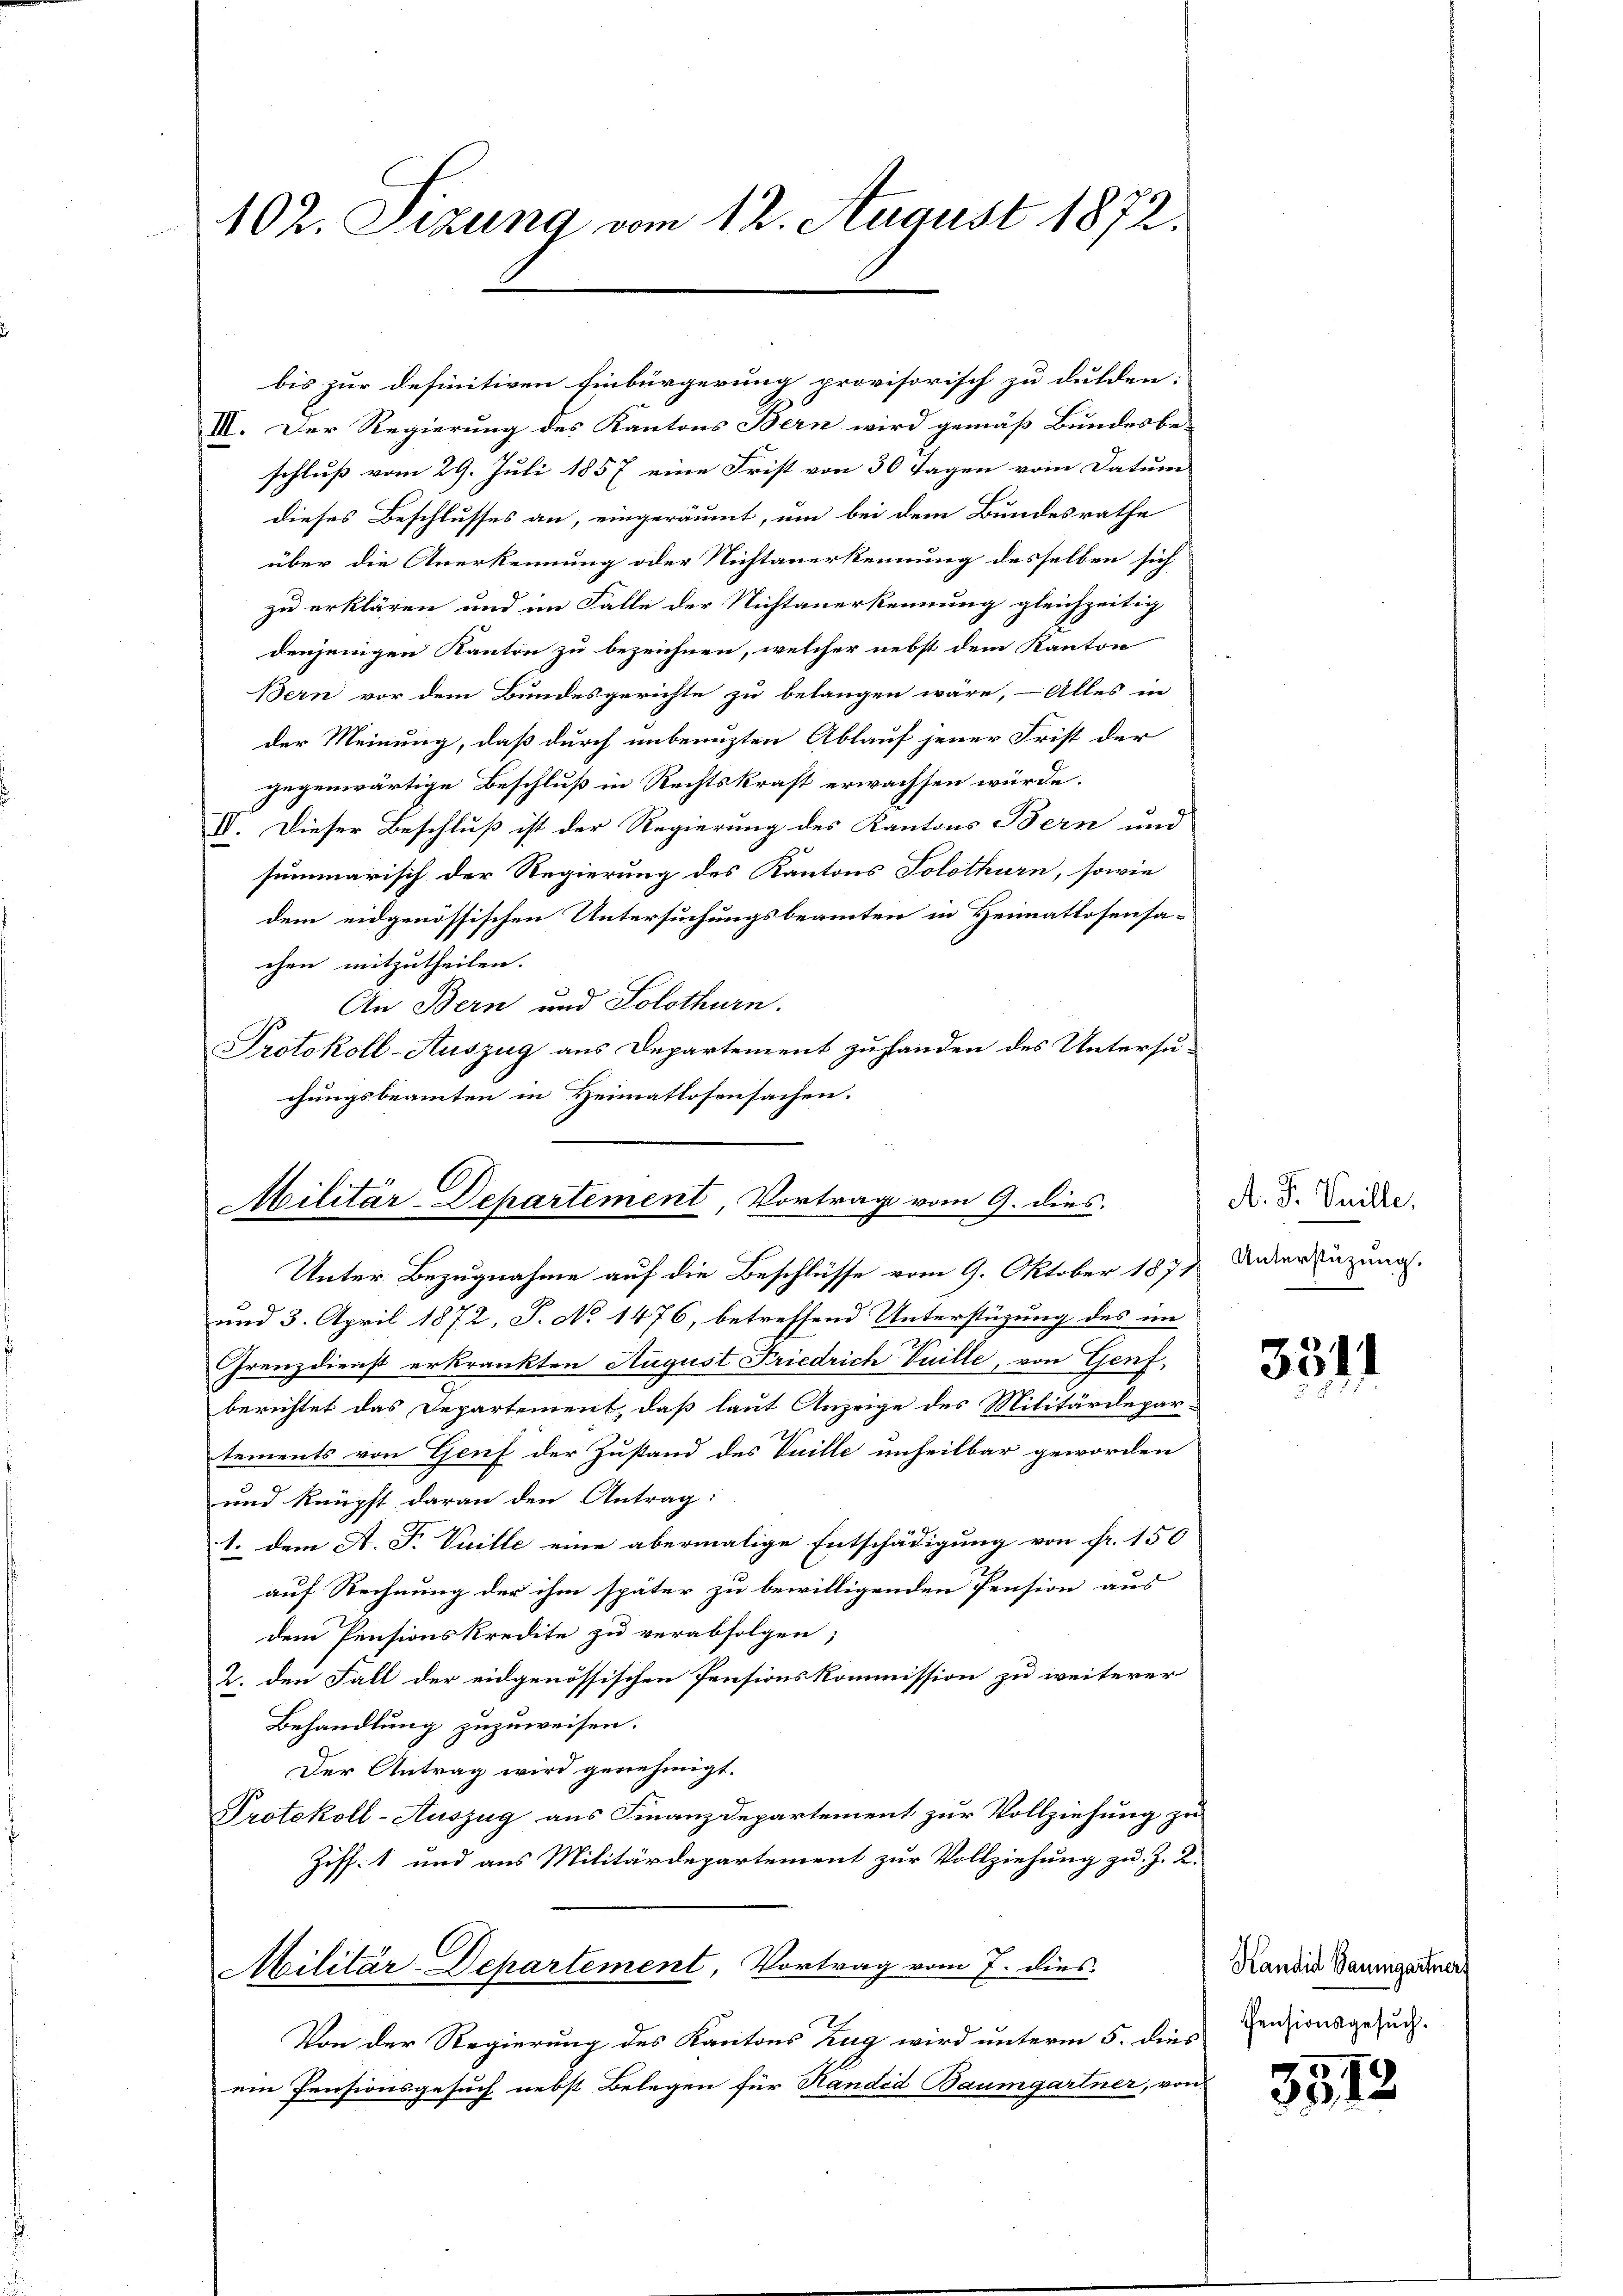
102. Sizung vom 12. August 1872.

III. Der Regierung des Kantons Bern wird gemäß Bundesbe-
schluß vom 29. Juli 1857 eine Frist von 30 Tagen vom Datum
dieses Beschlusses an, eingeräumt, um bei dem Bundesrathe
über die Anerkennung oder Nichtanerkennung desselben sich
zu erklären und im Falle der Nichtanerkennung gleichzeitig,
denjenigen Kanton zu bezeichnen, welcher nebst dem Kanton
Bern vor dem Bundesgerichte zu belangen wäre, – Alles in
der Meinung, daß durch unbenuzten Ablauf jener Frist der
gegenwärtige Beschluß in Rechtskraft erwachsen würde.
e
IV. Dieser Beschluß ist der Regierung des Kantons Bern und
summarisch der Regierung des Kantons Solothurn, sowie
dem eidgenössischen Untersuchungsbeamten in Heimatlosensa-
chen mitzutheilen.
An Bern und Solothurn.
Protokoll-Auszug aus Departement zu handen des Untersuchungsbeamten in Heimatlosensachen.

bis zur definitiven Einbürgerung provisorisch zu dulden:

Militär-Departement Vortrag vom 9. dies

Unter Bezugnahme auf die Beschlüsse vom 9. Oktober 1871
.
und 3. April 1872, P. No 1476, betreffend Unterstüzung des im
Grenz dienst erkrankten August Friedrich Vuille, von Genf,
berichtet das Departement, daß laut Anzeige des Militärdepar-
tements von Genf der Zustand des Vuille unheilbar geworden
und knüpft daran den Antrag:
1. dem A. F. Vuille eine abermalige Entschädigung von fr. 150
auf Rechnung der ihm später zu bewilligenden Pension aus
dem Pensionskredite zu verabfolgen;
2. den Fall der eidgenössischen Pensionskommission zu weiterer
Behandlung zuzuweisen.
Der Antrag wird genehmigt.
Protokoll-Auszug aus Finanzdepartement zur Vollziehung zu
Ziff. 1 und aus Militärdepartement zur Vollziehung zu. J. L.
Militär-Departement, Vortrag vom 7. dies
Von der Regierung des Kantons Zug wird unterm 5. dies
ein Pensionsgesuch nebst Belegen für Kandid Baumgartner, von

A. J. Spille,
Unterstüzung.

3541

Kandid Baumgartner
Pensionsgesuch.

3513